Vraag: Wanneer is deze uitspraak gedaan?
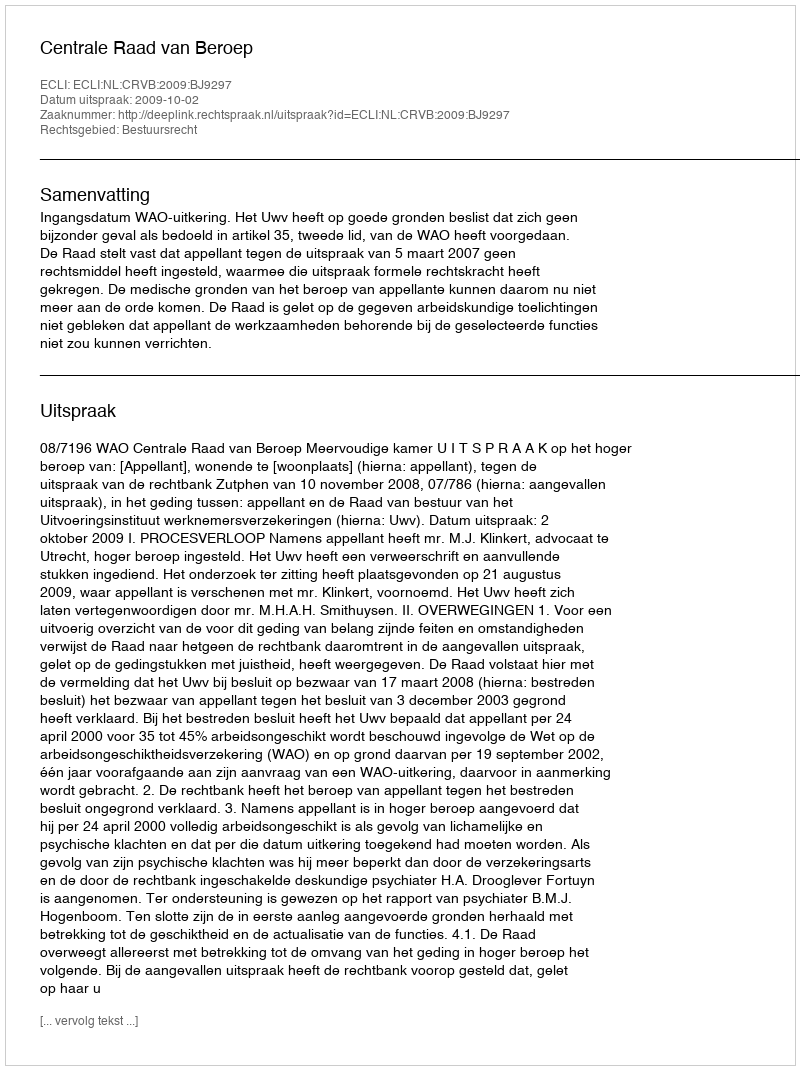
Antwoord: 2009-10-02